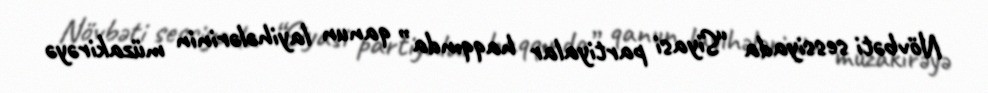
Növbəti sessiyada “Siyasi partiyalar haqqında” qanun layihələrinin müzakirəyə